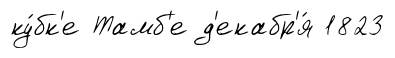
ку́бк'е Тамб'е д'екабр'я́ 1823